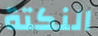
النكتة